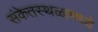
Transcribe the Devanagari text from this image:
संकेतस्थळामध्ये